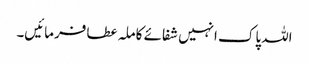
اللہ پاک انہیں شفائے کاملہ عطا فرمائیں۔